Annual report of lunatic asylums [Bombay] - 1912-1922
Year: 1912
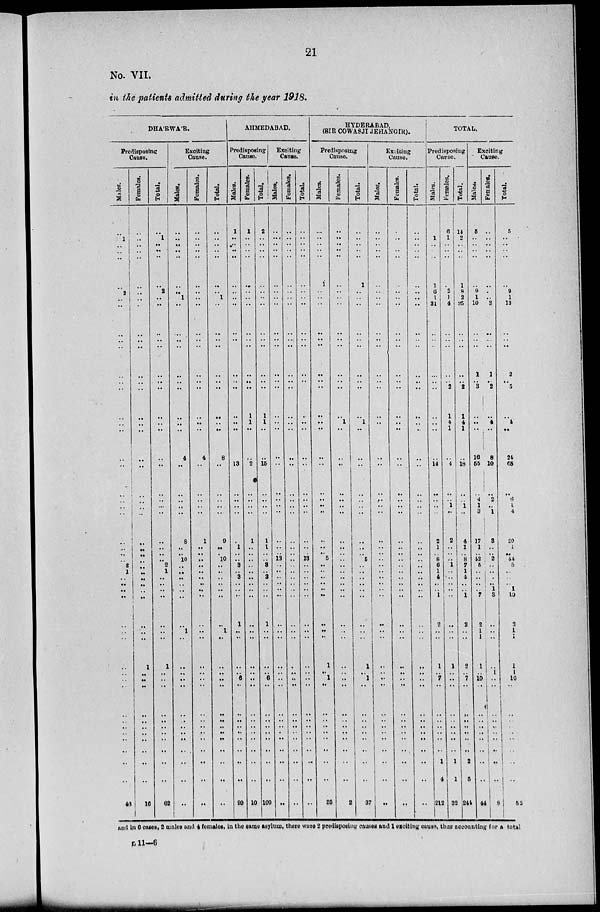
21
No. VII.
in the patients admitted during the year 1918.
DHA'RWA'R.
Predisposing
Cause.
Males.
..
1
..
..
..
..
2
..
..
..
..
..
..
..
..
..
..
..
..
..
..
..
..
..
..
..
..
..
2
1
..
..
..
..
..
..
..
..
..
..
..
..
..
..
..
..
..
..
..
46
Females.
..
..
..
..
..
..
..
..
..
..
..
..
..
..
..
..
..
..
..
..
..
..
..
..
..
..
..
..
..
..
..
..
..
..
..
..
..
1
..
..
..
..
..
..
..
..
..
..
..
16
Total.
..
1
..
..
..
..
2
..
..
..
..
..
..
...
..
..
..
..
..
..
..
..
...
..
..
..
..
..
2
1
..
..
..
..
..
..
..
1
..
..
..
..
..
..
..
..
..
..
..
62
Exciting
Cause.
Males.
..
..
..
..
..
..
..
1
..
..
..
..
..
..
..
..
..
..
4
..
..
..
..
..
8
..
..
10
..
..
..
..
..
..
..
1
..
..
..
..
..
..
..
..
..
..
..
..
..
..
Females.
..
..
..
..
..
..
..
..
..
..
..
..
..
..
..
..
..
..
4
..
..
..
..
..
1
..
..
...
..
..
..
..
..
..
..
..
..
..
..
..
..
..
..
..
..
..
..
..
..
..
Total.
..
..
..
..
..
..
..
1
..
..
..
..
..
..
..
..
..
..
8
..
..
..
..
..
9
..
..
10
..
..
..
..
..
..
..
1
..
..
..
..
..
..
..
..
..
..
..
..
..
..
AHMEDABAD.
Predisposing
Cause.
Males.
1
..
..
..
..
..
..
..
..
..
..
..
..
..
..
..
..
..
..
13
..
..
..
..
..
1
..
..
3
..
3
..
..
..
1
..
..
..
..
6
..
..
..
..
..
..
..
..
..
99
Females.
1
..
..
..
..
..
..
..
..
..
..
..
..
...
..
1
1
..
..
2
..
..
..
..
1
..
..
..
..
..
..
..
..
..
..
..
..
..
..
..
..
..
..
..
..
..
..
..
..
10
Total.
2
..
..
..
..
..
..
..
..
..
..
..
..
..
..
1
1
..
..
15
..
..
..
..
1
1
..
..
3
..
3
..
..
..
1
..
..
..
..
6
..
..
..
..
..
..
..
..
..
109
Exciting
Cause.
Males.
..
..
..
..
..
..
..
..
..
..
..
..
..
..
..
..
..
..
..
..
..
..
..
..
..
..
..
13
..
..
..
..
..
..
..
..
..
..
..
..
..
..
..
..
..
..
..
..
..
..
Females.
..
..
..
..
..
..
..
..
..
..
..
..
..
..
..
..
..
..
..
..
..
..
..
..
..
..
..
..
..
..
..
..
..
..
..
..
..
..
..
..
..
..
..
..
..
..
..
..
..
..
Total.
..
..
..
..
..
..
..
..
..
..
..
..
..
..
..
..
..
..
..
..
..
..
..
..
..
..
.. 13
..
..
..
..
..
..
..
..
..
..
..
..
..
..
..
..
..
..
..
..
..
..
HYDERABAD,
(SIR COWASJI JEHANGIR).
Predisposing
Cause.
Males.
..
..
..
..
..
1
..
..
..
..
..
..
..
..
..
..
..
..
..
..
..
..
..
..
..
..
..
5
..
..
..
..
..
..
..
..
..
1
..
1
..
..
..
..
..
..
..
..
..
35
Females.
..
..
..
..
..
..
..
..
..
..
..
..
..
..
..
..
1
..
..
..
..
..
..
..
..
..
.. ..
..
..
..
..
..
..
..
..
..
..
..
..
..
..
..
..
..
..
..
..
..
2
Total.
..
..
..
..
..
1
..
..
..
..
..
..
..
..
..
..
1
..
..
..
..
..
..
..
..
..
.. 5
..
..
..
..
..
..
..
..
..
1
..
1
..
..
..
..
..
..
..
..
..
37
Exciting
Cause.
Males.
..
..
..
..
..
..
..
..
..
..
..
..
..
..
..
..
..
..
..
..
..
..
..
..
..
..
..
..
..
..
..
..
..
..
..
..
..
..
..
..
..
..
..
..
..
..
..
..
..
..
Females.
..
..
..
..
..
..
..
..
..
..
..
..
..
..
..
..
..
..
..
..
..
..
..
..
..
..
.. ..
..
..
..
..
..
..
..
..
..
..
..
..
..
..
..
..
..
..
..
..
..
..
Total.
..
..
..
..
..
..
..
..
..
..
..
..
..
..
..
..
..
..
..
..
..
..
..
..
..
..
.. ..
..
..
..
..
..
..
..
..
..
..
..
..
..
..
..
..
..
..
..
..
..
..
TOTAL.
Predisposing
Cause.
Males.
8
1
..
..
..
1
6
1
31
..
..
..
..
..
..
..
..
..
..
14
..
..
..
..
2
1
.. 8
6
1
4
..
..
1
2
..
..
1
..
7
..
..
..
..
..
..
..
1
4
212
Females.
6
1
..
..
..
..
2
1
4
..
..
..
..
..
2
1
4
1
..
4
..
..
1
..
2
..
.. ..
1
..
..
..
..
..
..
..
..
1
..
..
..
..
..
..
..
..
..
1
1
32
Total.
14
2
..
..
..
1
8
2
35
..
..
..
..
..
2
1
4
1
..
18
..
1
..
4
1
.. 8
7
1
4
..
..
1
2
..
..
2
..
7
..
..
..
..
..
..
..
2
5
244
Exciting
Cause.
Males.
5
..
..
..
..
..
9
1
10
..
..
..
1
..
3
..
..
..
16
55
..
4
1
3
17
1
..
42
5
..
..
..
..
7
2
1
1
1
..
10
..
..
..
..
..
..
..
..
..
44
Females.
..
..
..
..
..
..
..
..
3
..
..
..
1
..
2
..
4
..
8
10
..
2
..
1
3
..
.. 2
..
..
..
..
1
3
..
..
..
..
1
..
..
..
..
..
..
..
..
..
..
8
Total.
5
..
..
..
..
..
9
1
13
..
..
..
2
..
5
..
4
..
24
65
..
6
1
4
20
1
..
44
5
..
..
.. 1
10
2
1
1
1
1
10
..
..
..
..
..
..
..
..
..
52
and in 6 cases, 2 males and 4 females, in the same asylum, there were 2 predisposing causes and 1 exciting cause, thus accounting for a total